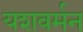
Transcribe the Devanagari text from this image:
यशवर्मन